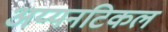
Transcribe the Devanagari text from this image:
अय्यनटिकल